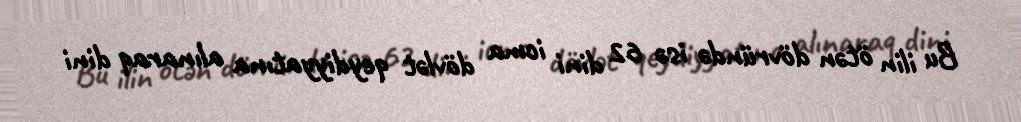
Bu ilin ötən dövründə isə 62 dini icma dövlət qeydiyyatına alınaraq dini